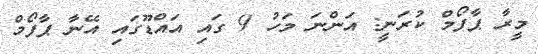
މީރާ ޕާފޯމް ކުރަނީ: އަންނަ މަހު 9 ގައި އައްޑޫގައި އޭނާ ޕާފޯމް